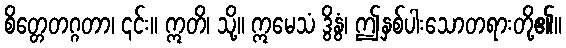
စိတ္တေတဂ္ဂတာ၊ ၎င်း။ ဣတိ၊ သို့။ ဣမေသံ ဒွိနွံ၊ ဤနှစ်ပါးသောတရားတို့၏။